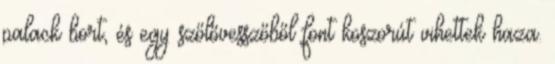
palack bort, és egy szőlővesszőből font koszorút vihettek haza.